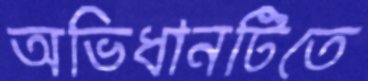
অভিধানটিতে